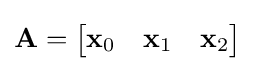
\mathbf {A} ={\begin{bmatrix}\mathbf {x} _{0}&\mathbf {x} _{1}&\mathbf {x} _{2}\end{bmatrix}}